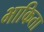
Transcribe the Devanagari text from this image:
भाकिता